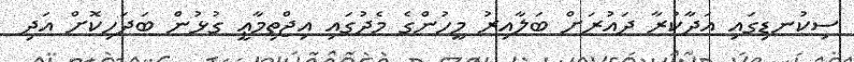
ސިކުނޑިގައި އަދާކުރާ ދައުރަށް ބަލާއިރު މީހުންގެ މެދުގައި އިޖްތިމާޢީ ގުޅުން ބަދަހިކޮށް އަދި